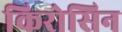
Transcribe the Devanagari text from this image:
किरोसिन